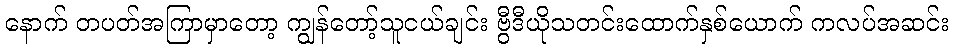
နောက် တပတ်အကြာမှာတော့ ကျွန်တော့်သူငယ်ချင်း ဗွီဒီယိုသတင်းထောက်နှစ်ယောက် ကလပ်အဆင်း